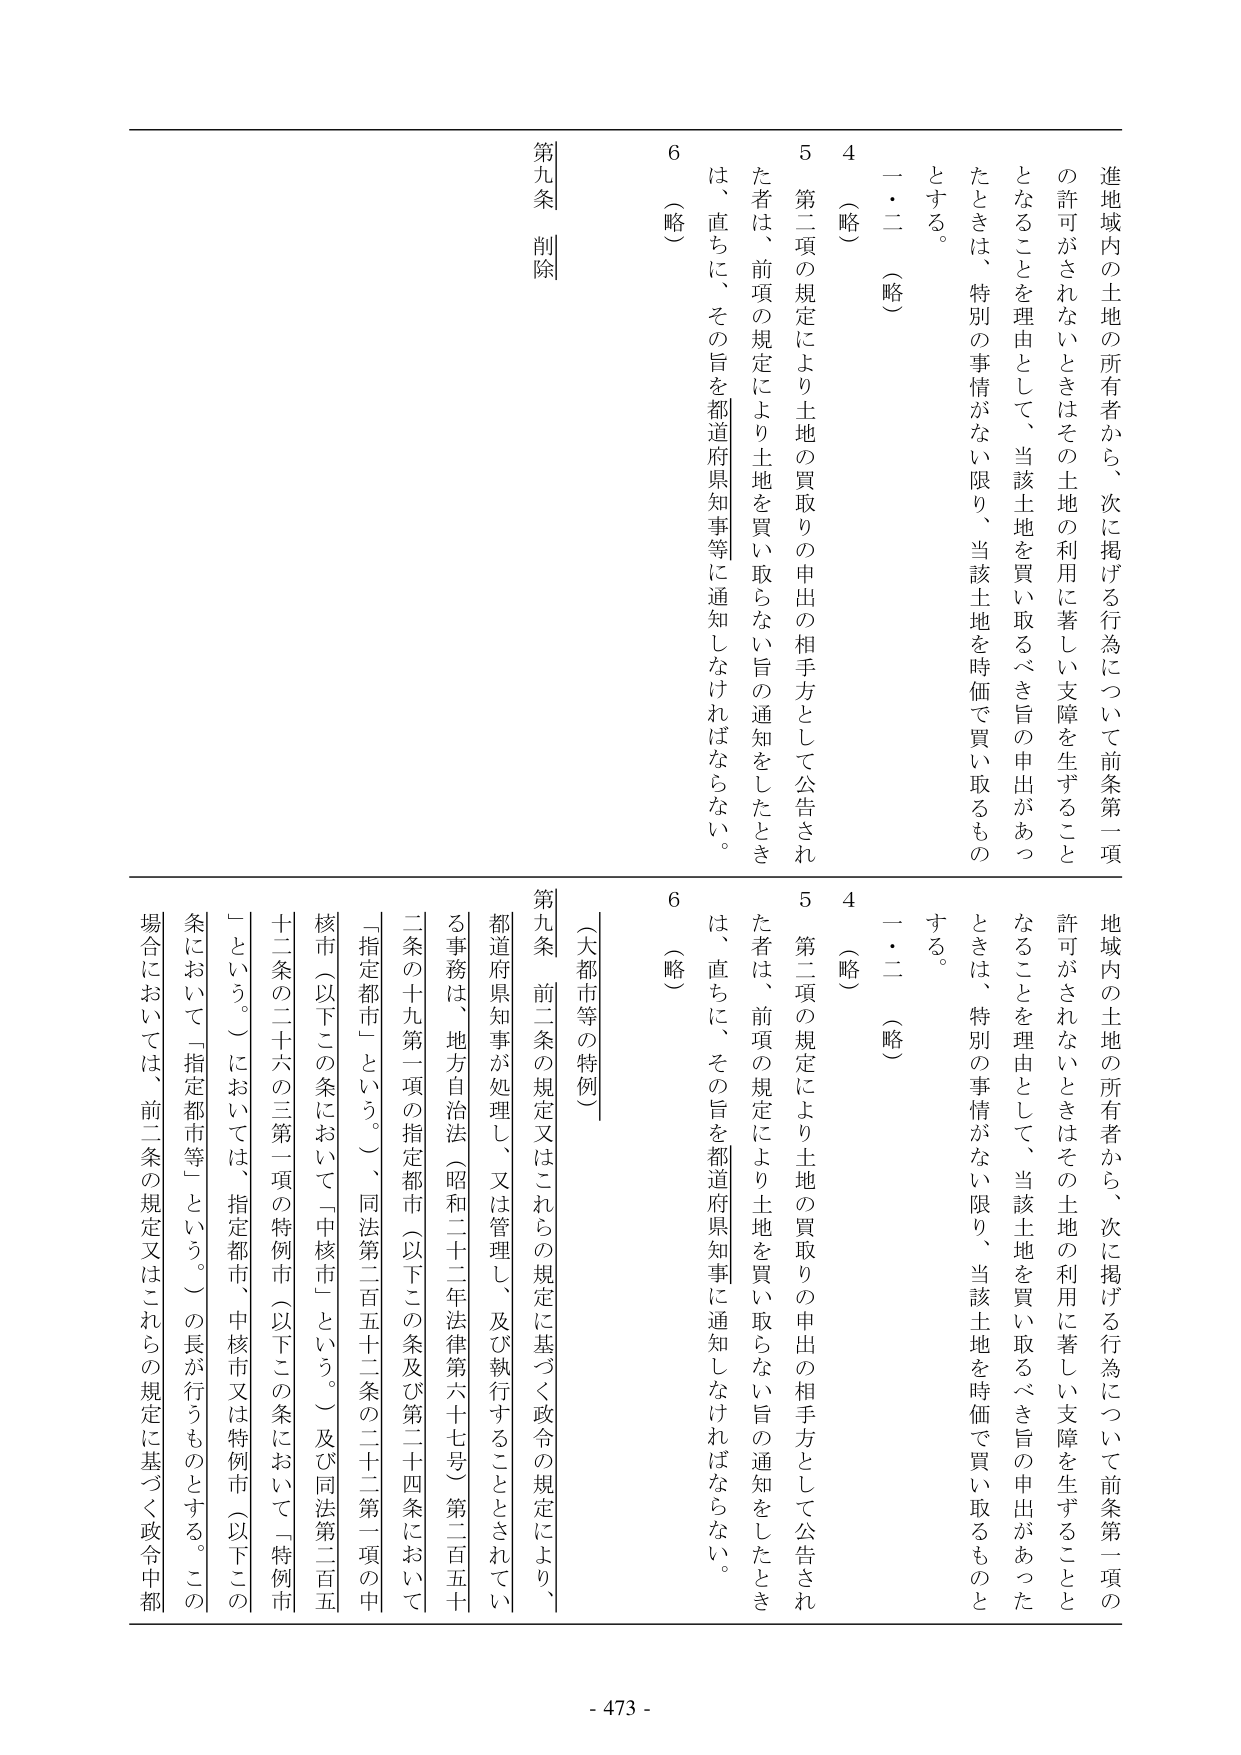
進地域内の土地の所有者から、次に掲げる行為について前条第一項の許可がされないときはその土地の利用に著しい支障を生ずることとなることを理由として、当該土地を買い取るべき旨の申出があったときは、特別の事情がない限り、当該土地を時価で買い取るものとする。

一・二（略）

4（略）

5 第二項の規定により土地の買取りの申出の相手方として公告された者は、前項の規定により土地を買い取らない旨の通知をしたときは、直ちに、その旨を都道府県知事等に通知しなければならない。

6（略）

第九条 削除

地域内の土地の所有者から、次に掲げる行為について前条第一項の許可がされないときはその土地の利用に著しい支障を生ずることとなることを理由として、当該土地を買い取るべき旨の申出があったときは、特別の事情がない限り、当該土地を時価で買い取るものとする。

一・二（略）

4（略）

5 第二項の規定により土地の買取りの申出の相手方として公告された者は、前項の規定により土地を買い取らない旨の通知をしたときは、直ちに、その旨を都道府県知事に通知しなければならない。

6（略）

（大都市等の特例）

第九条 前二条の規定又はこれらの規定に基づく政令の規定により、都道府県知事が処理し、又は管理し、及び執行することとされている事務は、地方自治法（昭和二十二年法律第六十七号）第二百五十一条の十九第一項の指定都市（以下この条及び第二十四条において「指定都市」という。）、同法第二百五十二条の二十二第一項の中核市（以下この条において「中核市」という。）及び同法第二百五十二条の二十六の三第一項の特例市（以下この条において「特例市」という。）においては、指定都市、中核市又は特例市（以下この条において「指定都市等」という。）の長が行うものとする。この場合においては、前二条の規定又はこれらの規定に基づく政令中都

- 473 -